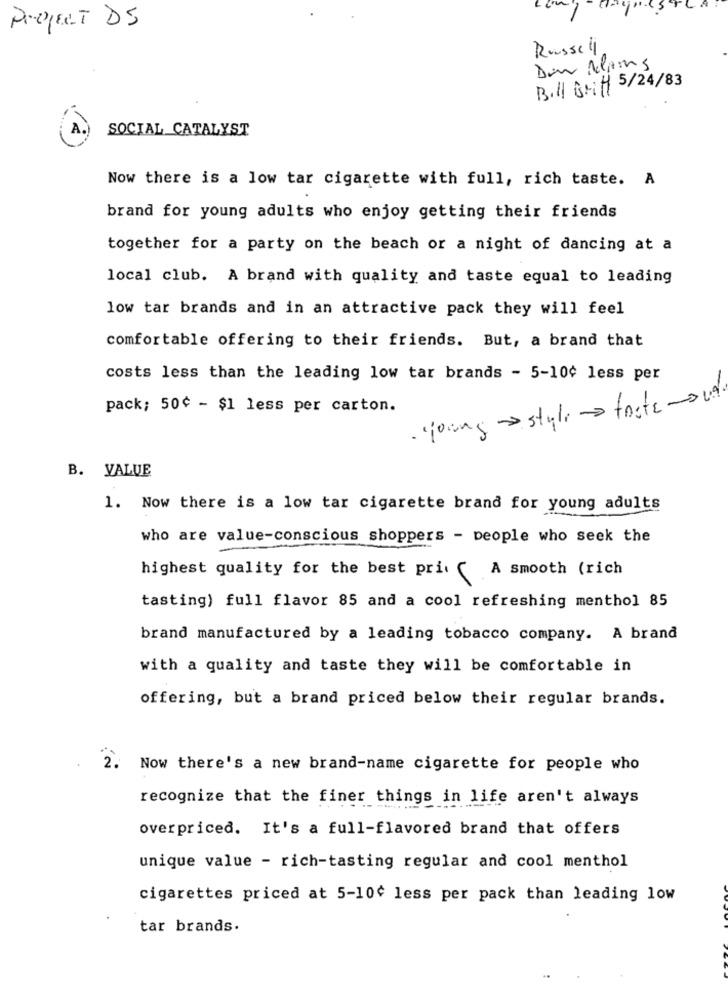
PROJECT DS
Russell
Dan Alams
B.H BMH 5/24/83
SOCIAL CATALYST
Now there is a low tar cigarette with full, rich taste. A
brand for young adults who enjoy getting their friends
together for a party on the beach or a night of dancing at a
local club. A brand with quality and taste equal to leading
low tar brands and in an attractive pack they will feel
comfortable offering to their friends. But, a brand that
costs less than the leading low tar brands - 5-10¢ less per
·jong style - faste -out
pack; 50¢ - $1 less per carton.
B. VALUE
1. Now there is a low tar cigarette brand for young adults
who are value-conscious shoppers - people who seek the
highest quality for the best pri ( A smooth (rich
tasting) full flavor 85 and a cool refreshing menthol 85
brand manufactured by a leading tobacco company. A brand
with a quality and taste they will be comfortable in
offering, but a brand priced below their regular brands.
2.
Now there's a new brand-name cigarette for people who
recognize that the finer things in life aren't always
overpriced. It's a full-flavored brand that offers
unique value - rich-tasting regular and cool menthol
cigarettes priced at 5-10¢ less per pack than leading low
tar brands.